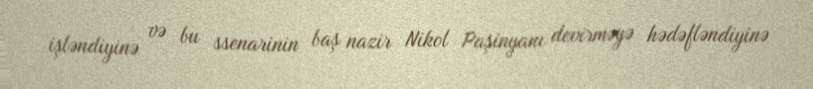
işləndiyinə və bu ssenarinin baş nazir Nikol Paşinyanı devirməyə hədəfləndiyinə